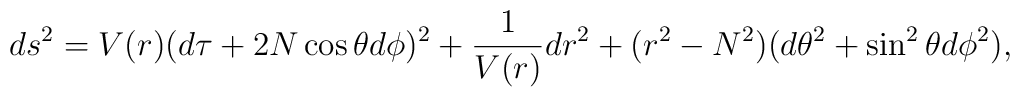
ds^2 = V(r)(d\tau + 2N\cos\theta d\phi)^2 + \frac{1}{V(r)}dr^2 + (r^2-N^2)  (d\theta^2 + \sin^2\theta d\phi^2),